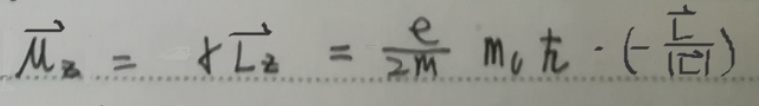
\[
\vec{\mu}_z = - \gamma \vec{L}_z = \frac{e}{2m} m_l \hbar \cdot ( - \frac{\vec{L}}{\vert \vec{L} \vert} )
\]